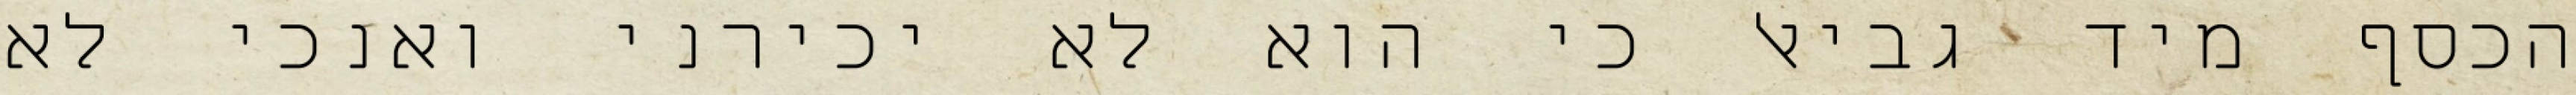
הכסף מיד גביאל כי הוא לא יכירני ואנכי לא